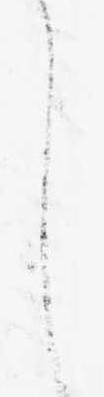
し